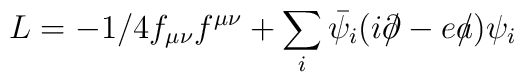
L=-1/4f_{\mu \nu}f^{\mu \nu} + \sum_i \bar{\psi_i}( i \partial\!\!\!/ -ea \!\!\!/ )\psi_i